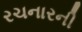
રચનારની